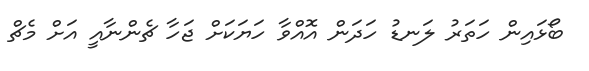
ބޯޅައިން ހަތަރު ލަނޑު ހަދަން އޮއްވާ ހަޔަކަށް ޖަހާ ޗެންނާއީ އަށް މެޗް